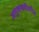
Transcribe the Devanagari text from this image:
अणुचाचणीवरील